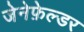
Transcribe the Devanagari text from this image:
जेनेफ़ेल्डर